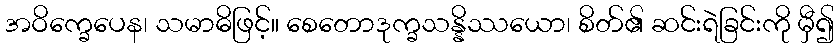
အဝိက္ခေပေန၊ သမာဓိဖြင့်။ စေတောဒုက္ခသန္နိဿယော၊ စိတ်၏ ဆင်းရဲခြင်းကို မှီ၍